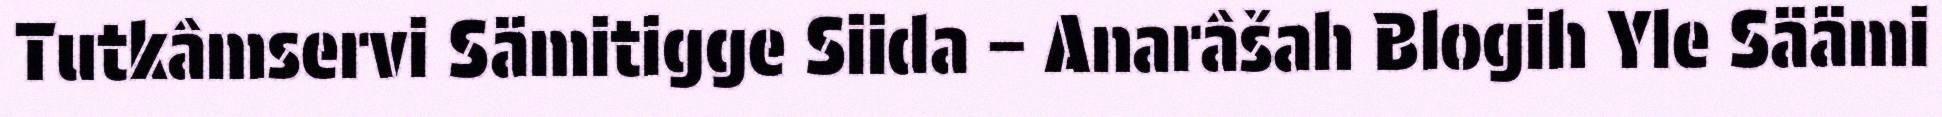
Tutkâmservi Sämitigge Siida – Anarâšah Blogih Yle Säämi